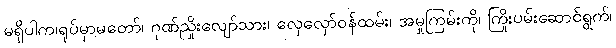
မရှိပါက၊ရုပ်မှာမတော်၊ ဂုဏ်ညှိုးလျော်သား၊ လှေလှော်ဝန်ထမ်း၊ အမှုကြမ်းကို၊ ကြိုးပမ်းဆောင်ရွက်၊